Cholera in southern India
Disease focus: Cholera
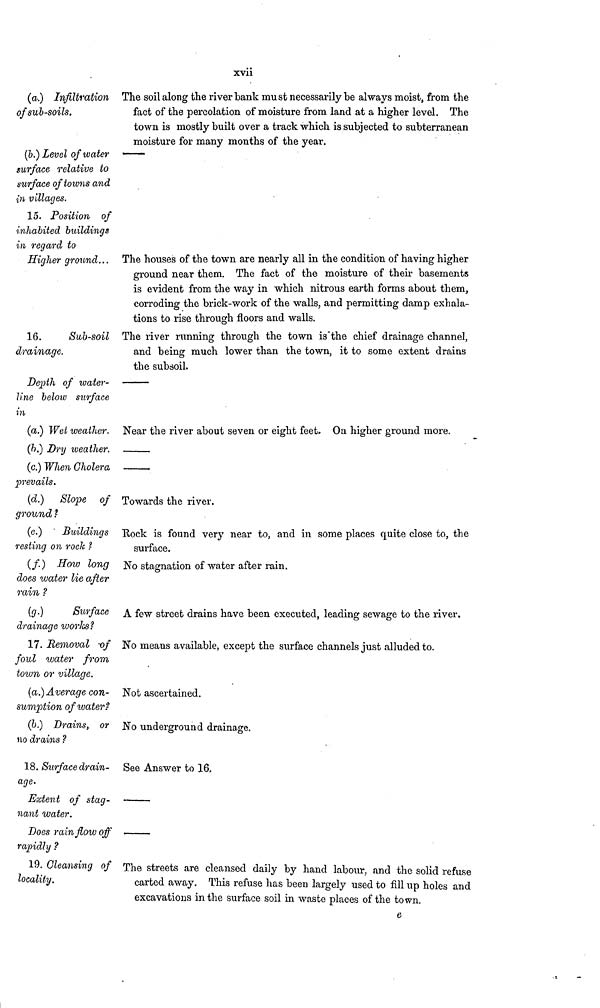
xvii
(a.) Infiltration
of sub-soils.
The soil along the river bank must necessarily be always moist, from the
fact of the percolation of moisture from land at a higher level. The
town is mostly built over a track which is subjected to subterranean
moisture for many months of the year.
(b.) Level of water
surface relative to
surface of towns and
in villages.
15. Position of
inhabited buildings
in regard to
Higher ground... The houses of the town are nearly all in the condition of having higher
ground near them. The fact of the moisture of their basements
is evident from the way in which nitrous earth forms about them,
corroding the brick-work of the walls, and permitting damp exhala-
tions to rise through floors and walls.
16.
Sub-soil
drainage.
The river running through the town is the chief drainage channel,
and being much lower than the town, it to some extent drains
the subsoil.
Depth of water-
line below surface
in
(a.) Wet weather. Near the river about seven or eight feet. On higher ground more.
(b.) Dry weather.
(c.) When Cholera
prevails.
(d.) Slope of
ground ?
Towards the river.
(e.)
Buildings
resting on roch ?
Rock is found very near to, and in some places quite close to, the
surface.
(f.) How long
does water lie after
rain ?
No stagnation of water after rain.
(g.)
Surface
drainage works?
A few street drains have been executed, leading sewage to the river.
17. Removal of
foul water from,
town or village.
No means available, except the surface channels just alluded to.
{a.) Average con-
sumption of water?
Not ascertained.
(b.) Drains, or
no drains ?
No underground drainage.
18. Surface drain-
age.
See Answer to 16,
Extent of stag-
nant water.
Does rain flow off
rapidly ?
19. Cleansing of
locality.
The streets are cleansed daily by hand labour, and the solid refuse
carted away. This refuse lias been largely used to fill up holes and
excavations in the surface soil in waste places of the town.